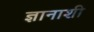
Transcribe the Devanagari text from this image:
ज्ञानाशी